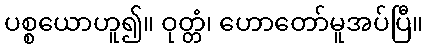
ပစ္စယောဟူ၍။ ဝုတ္တံ၊ ဟောတော်မူအပ်ပြီ။